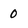
Character: 0